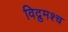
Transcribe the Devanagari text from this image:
विद्रुमश्च